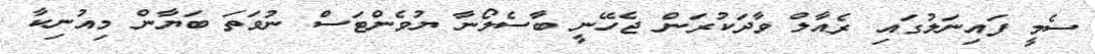
ސެމީ ފައިނަލުގައި ރެއާލް ވާދަކުރަން ޖެހޭނީ ބާސެލޯނާ ޔުވެންޓަސް ނުވަތަ ބަޔާން މިއުނިކާ